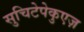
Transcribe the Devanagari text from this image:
सुचिटेपेकुएज़